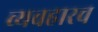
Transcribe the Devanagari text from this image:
व्यवहारच